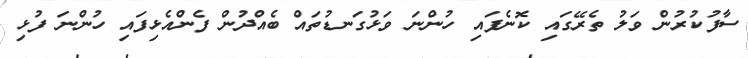
ސާފުކުރުން ވަލު ތެރޭގައި ކޮނެފައި ހުންނަ ވަޅުގަނޑުތައް ބެއްދުން ފެންއެޅިފައި ހުންނަ ފުޅި